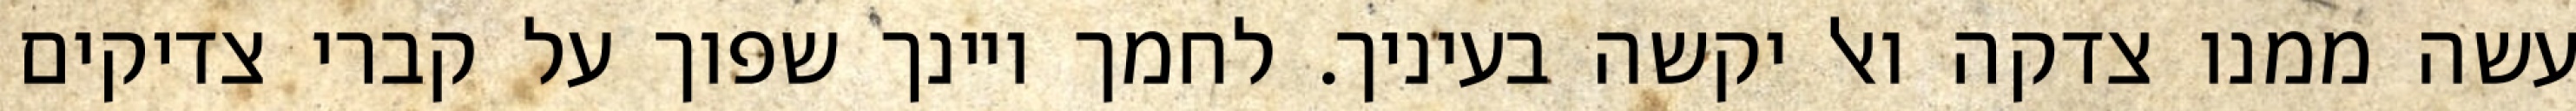
עשה ממנו צדקה ואל יקשה בעיניך. לחמך ויינך שפוך על קברי צדיקים